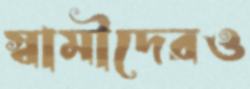
স্বামীদেরও